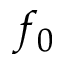
f _ { 0 }